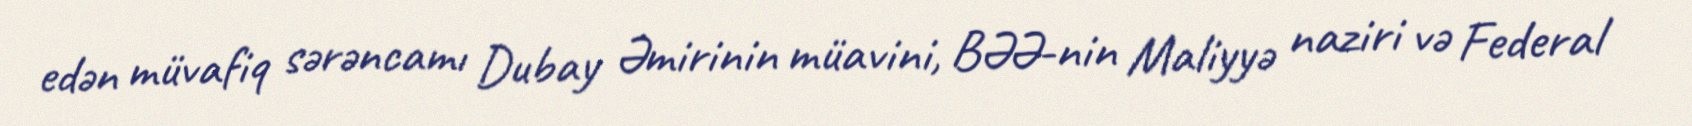
edən müvafiq sərəncamı Dubay Əmirinin müavini, BƏƏ-nin Maliyyə naziri və Federal